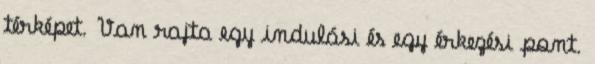
térképet. Van rajta egy indulási és egy érkezési pont.